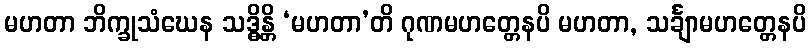
မဟတာ ဘိက္ခုသံဃေန သဒ္ဓိန္တိ ‘မဟတာ’တိ ဂုဏမဟတ္တေနပိ မဟတာ, သင်္ချာမဟတ္တေနပိ